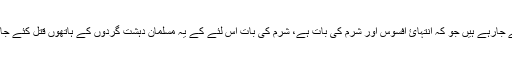
میں یہ کہتا ہوں کہ پاکستان میں ہزاروں مسلمان قتل کئے جارہے ہیں جو کہ انتہائ افسوس اور شرم کی بات ہے، شرم کی بات اس لئے کے یہ مسلمان دہشت گردوں کے ہاتھوں قتل کئے جا رہے ہیں جبکہ پاکستانی فوجی دُنیا کی بہترین فوج ہے۔